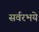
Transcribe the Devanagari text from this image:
सर्वरभये